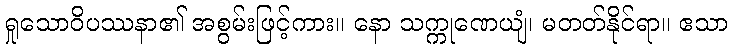
ရှုသောဝိပဿနာ၏ အစွမ်းဖြင့်ကား။ နော သက္ကုဏေယျံ၊ မတတ်နိုင်ရာ။ ဧသာ